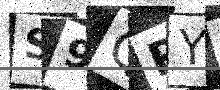
Text: S9QRYT